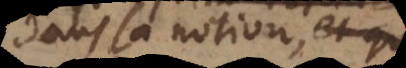
dans sa notion, mais